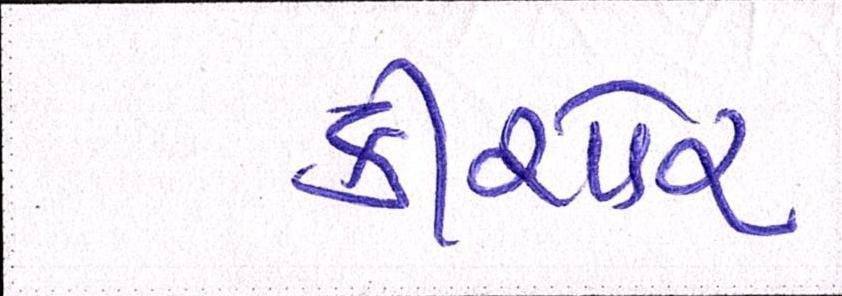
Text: કીશોર